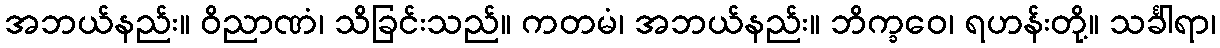
အဘယ်နည်း။ ဝိညာဏံ၊ သိခြင်းသည်။ ကတမံ၊ အဘယ်နည်း။ ဘိက္ခဝေ၊ ရဟန်းတို့။ သင်္ခါရာ၊